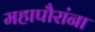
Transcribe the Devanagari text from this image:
महापौरांना